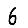
Digit: 6